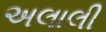
અલાલી